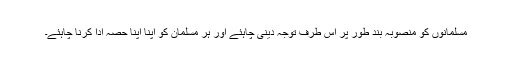
مسلمانوں کو منصوبہ بند طور پر اس طرف توجہ دینی چاہئے اور ہر مسلمان کو اپنا اپنا حصہ ادا کرنا چاہئے۔